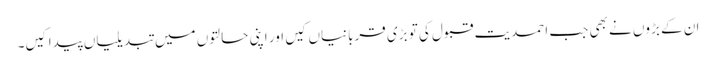
ان کے بڑوں نے بھی جب احمدیت قبول کی تو بڑی قربانیاں کیں اور اپنی حالتوں میں تبدیلیاں پیدا کیں۔